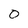
Character: 0